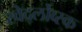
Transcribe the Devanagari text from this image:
स्वेर्द्लोव्स्क